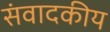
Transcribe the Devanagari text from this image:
संवादकीय